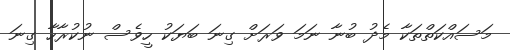
މަސައްކަތްތަކާ މެދު ބުނާ ނަމަ ވަރަށް ގިނަ ބަޔަކު ހީވެސް ނުކުރާހާ ގިނަ